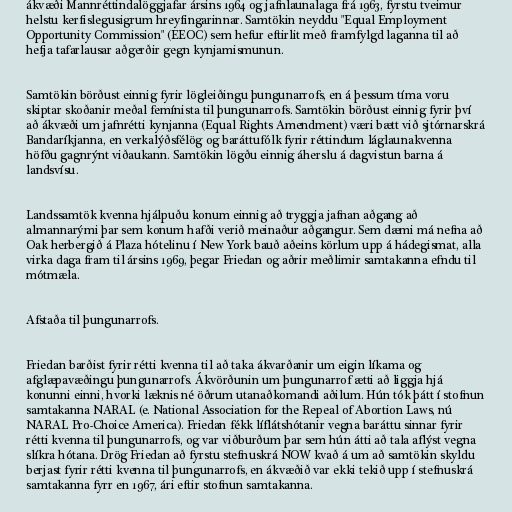
ákvæði Mannréttindalöggjafar ársins 1964 og jafnlaunalaga frá 1963, fyrstu tveimur
helstu kerfislegusigrum hreyfingarinnar. Samtökin neyddu "Equal Employment
Opportunity Commission" (EEOC) sem hefur eftirlit með framfylgd laganna til að
hefja tafarlausar aðgerðir gegn kynjamismunun.

Samtökin börðust einnig fyrir lögleiðingu þungunarrofs, en á þessum tíma voru
skiptar skoðanir meðal femínista til þungunarrofs. Samtökin börðust einnig fyrir því
að ákvæði um jafnrétti kynjanna (Equal Rights Amendment) væri bætt við sjtórnarskrá
Bandaríkjanna, en verkalýðsfélög og baráttufólk fyrir réttindum láglaunakvenna
höfðu gagnrýnt viðaukann. Samtökin lögðu einnig áherslu á dagvistun barna á
landsvísu.

Landssamtök kvenna hjálpuðu konum einnig að tryggja jafnan aðgang að
almannarými þar sem konum hafði verið meinaður aðgangur. Sem dæmi má nefna að
Oak herbergið á Plaza hótelinu í New York bauð aðeins körlum upp á hádegismat, alla
virka daga fram til ársins 1969, þegar Friedan og aðrir meðlimir samtakanna efndu til
mótmæla.

Afstaða til þungunarrofs.

Friedan barðist fyrir rétti kvenna til að taka ákvarðanir um eigin líkama og
afglæpavæðingu þungunarrofs. Ákvörðunin um þungunarrof ætti að liggja hjá
konunni einni, hvorki læknis né öðrum utanaðkomandi aðilum. Hún tók þátt í stofnun
samtakanna NARAL (e. National Association for the Repeal of Abortion Laws, nú
NARAL Pro-Choice America). Friedan fékk líflátshótanir vegna baráttu sinnar fyrir
rétti kvenna til þungunarrofs, og var viðburðum þar sem hún átti að tala aflýst vegna
slíkra hótana. Drög Friedan að fyrstu stefnuskrá NOW kvað á um að samtökin skyldu
berjast fyrir rétti kvenna til þungunarrofs, en ákvæðið var ekki tekið upp í stefnuskrá
samtakanna fyrr en 1967, ári eftir stofnun samtakanna.